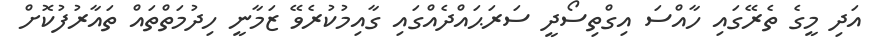
އަދި މީގެ ތެރޭގައި ހާއްސަ އިގްތިސޯދީ ސަރަޙައްދެއްގައި ގާއިމުކުރެވޭ ޒަމާނީ ހިދުމަތްތައް ތައާރުފުކޮށް